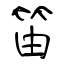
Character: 笛